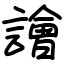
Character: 譮